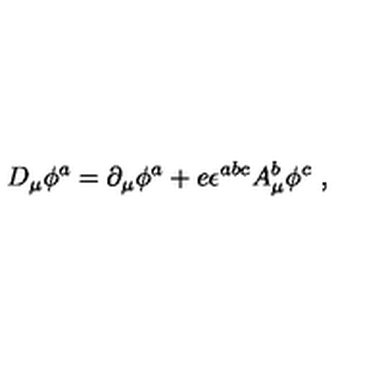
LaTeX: D _ { \mu } \phi ^ { a } = \partial _ { \mu } \phi ^ { a } + e \epsilon ^ { a b c } A _ { \mu } ^ { b } \phi ^ { c } \ ,